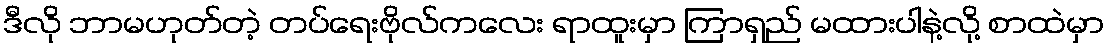
ဒီလို ဘာမဟုတ်တဲ့ တပ်ရေးဗိုလ်ကလေး ရာထူးမှာ ကြာရှည် မထားပါနဲ့လို့ စာထဲမှာ